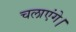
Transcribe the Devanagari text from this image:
चलाएंगे।